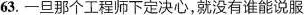
63.一旦那个工程师下定决心，就没有谁能说服